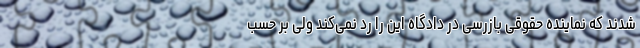
شدند که نماینده حقوقی بازرسی در دادگاه این را رد نمی‌کند ولی بر حسب